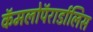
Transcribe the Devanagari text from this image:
कॅमलोपॅरार्डालिस